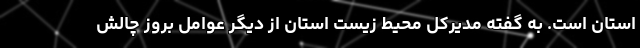
استان است. به گفته مدیرکل محیط زیست استان از دیگر عوامل بروز چالش